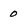
Character: 0